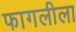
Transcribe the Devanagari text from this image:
फागलीला